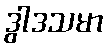
ဒွါဒသမာ